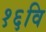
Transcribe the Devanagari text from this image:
१६वि